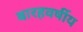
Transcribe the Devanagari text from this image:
बारहवर्षीय